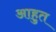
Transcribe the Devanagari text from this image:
आहुत